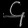
Digit: ၄